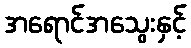
အရောင်အသွေးနှင့်